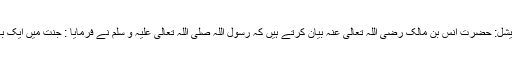
جمعۃ المبارک اسپیشل: حضرت انس بن مالک رضی اللہ تعالی عنہ بیان کرتے ہیں کہ رسول اللہ صلی اللہ تعالی علیہ و سلم نے فرمایا : جنت میں ایک بازار ہے جس میں۔